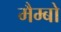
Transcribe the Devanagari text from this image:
मैम्बो